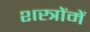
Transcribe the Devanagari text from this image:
शस्त्रोंमें